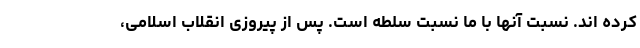
کرده اند. نسبت آنها با ما نسبت سلطه است. پس از پیروزی انقلاب اسلامی،